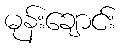
မုန်းချောင်း